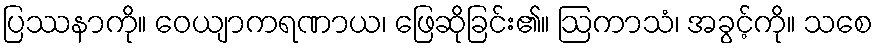
ပြဿနာကို။ ဝေယျာကရဏာယ၊ ဖြေဆိုခြင်း၏။ ဩကာသံ၊ အခွင့်ကို။ သစေ